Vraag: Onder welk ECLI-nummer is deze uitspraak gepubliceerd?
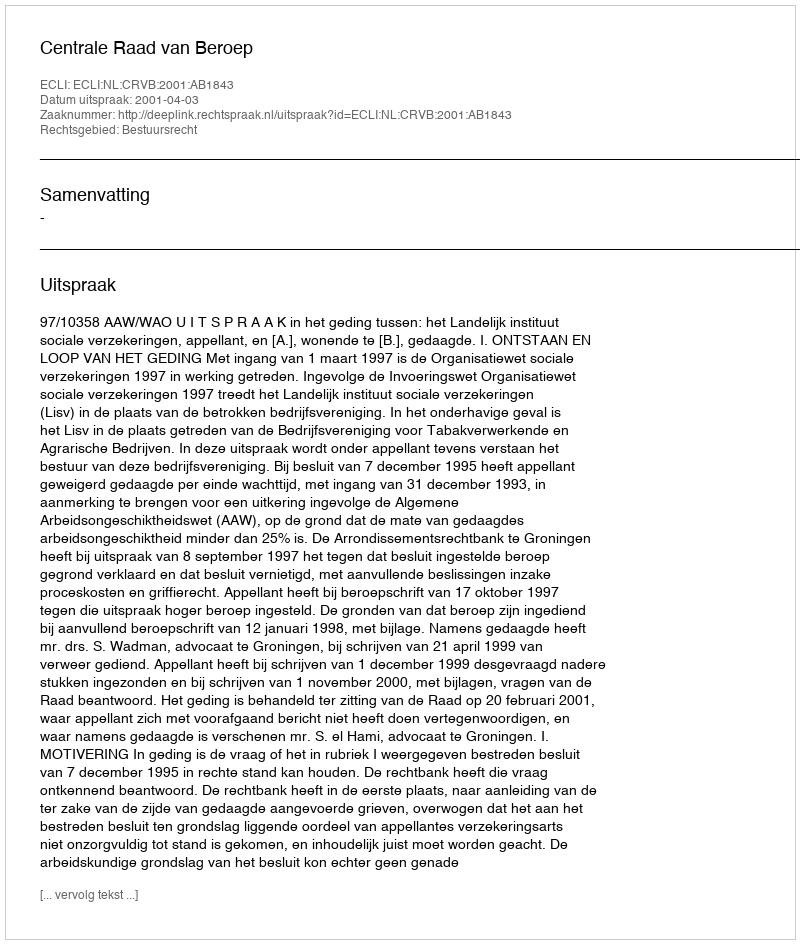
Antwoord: ECLI:NL:CRVB:2001:AB1843